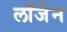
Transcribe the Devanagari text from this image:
लॉजेन